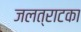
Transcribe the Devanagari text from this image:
जलत्राटका